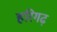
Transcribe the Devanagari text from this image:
हरिगढ़